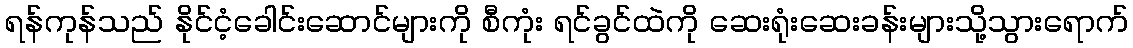
ရန်ကုန်သည် နိုင်ငံ့ခေါင်းဆောင်များကို စီကုံး ရင်ခွင်ထဲကို ဆေးရုံးဆေးခန်းများသို့သွားရောက်